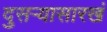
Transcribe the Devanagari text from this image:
दुसऱ्यासारखं